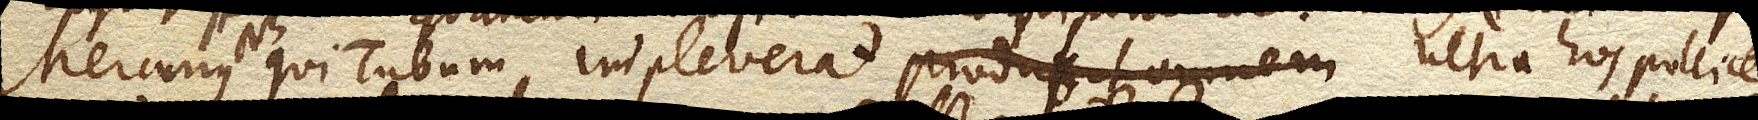
Mercurius qui Tubum impleverat ultra hos pollices,